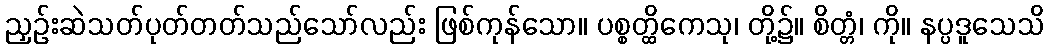
ညှဉ်းဆဲသတ်ပုတ်တတ်သည်သော်လည်း ဖြစ်ကုန်သော။ ပစ္စတ္ထိကေသု၊ တို့၌။ စိတ္တံ၊ ကို။ နပ္ပဒူသေသိ